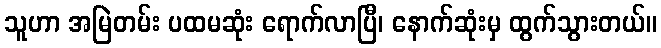
သူဟာ အမြဲတမ်း ပထမဆုံး ရောက်လာပြီ၊ နောက်ဆုံးမှ ထွက်သွားတယ်။